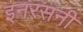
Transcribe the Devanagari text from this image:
इनरसनी